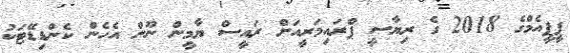
ޕީޕީއެމްގެ 2018 ގެ ރިޔާސީ ޕްރައިމަރީއަށް ރައީސް ޔާމީން ނޫން އެހެން ކެންޑިޑޭޓަކު